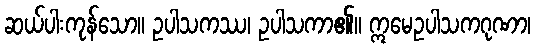
ဆယ်ပါးကုန်သော။ ဥပါသကဿ၊ ဥပါသကာ၏။ ဣမေဥပါသကဂုဏာ၊